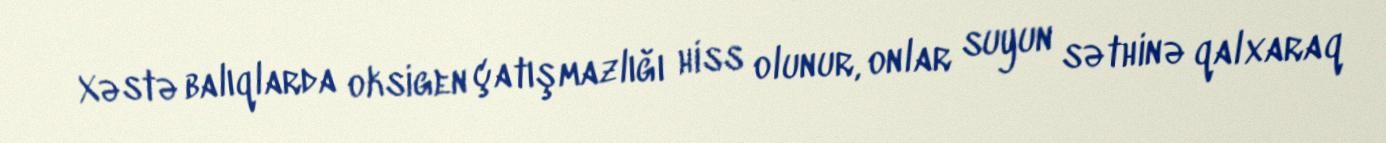
Xəstə balıqlarda oksigen çatışmazlığı hiss olunur, onlar suyun səthinə qalxaraq